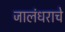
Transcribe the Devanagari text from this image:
जालंधराचे